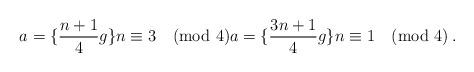
LaTeX: \begin{align*} a=\{\frac{n+1}{4}g\} n\equiv 3\pmod 4 a=\{\frac{3n+1}{4}g\} n\equiv 1\pmod 4\,.\end{align*}